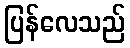
ပြန်လေသည်